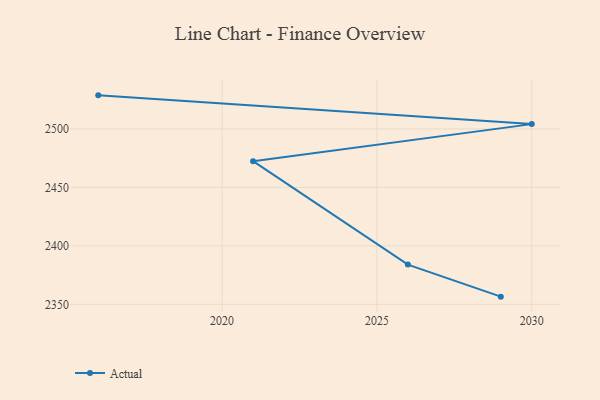
{"axis": {"x": "Year", "y": "Humidity (%)"}, "legend": ["Actual"], "data": [{"x": "2029", "y": 2356.6, "type": "Actual"}, {"x": "2026", "y": 2384.0, "type": "Actual"}, {"x": "2021", "y": 2472.4, "type": "Actual"}, {"x": "2030", "y": 2504.1, "type": "Actual"}, {"x": "2016", "y": 2528.7, "type": "Actual"}]}